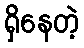
ရှိနေတဲ့